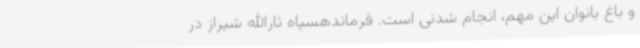
و باغ بانوان این مهم، انجام شدنی است. فرماندهسپاه ثارالله شیراز در